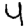
Digit: 4